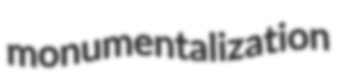
monumentalization